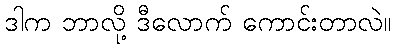
ဒါက ဘာလို့ ဒီလောက် ကောင်းတာလဲ။